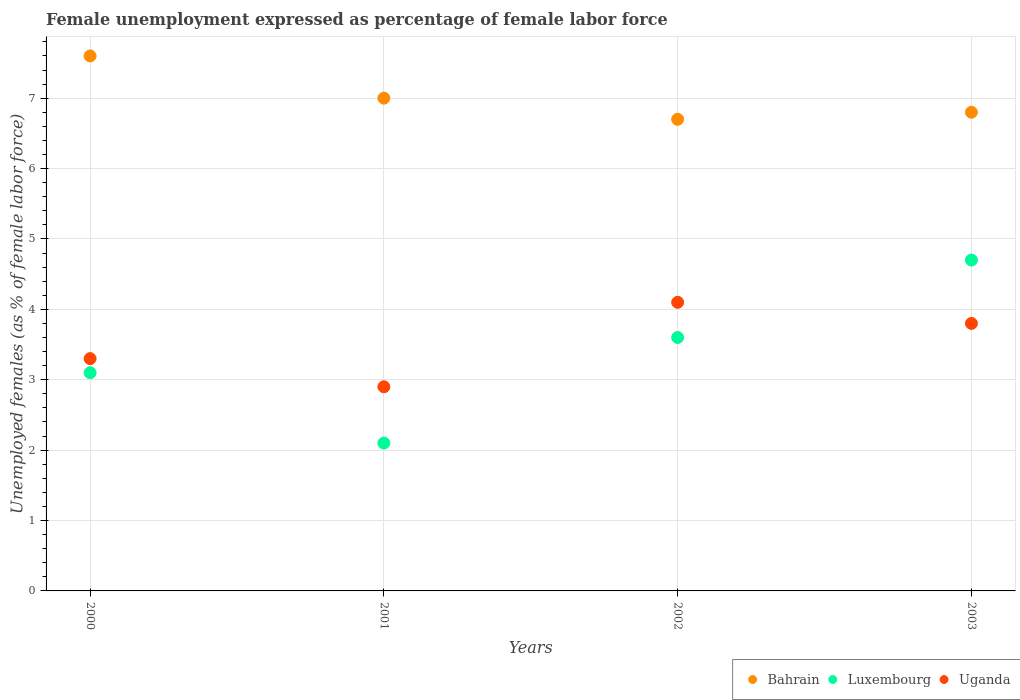
| Years | Bahrain | Luxembourg | Uganda |
 | --- | --- | --- | --- |
 | 2000 | 7.6 | 3.1 | 3.3 |
 | 2001 | 7 | 2.1 | 2.9 |
 | 2002 | 6.7 | 3.6 | 4.1 |
 | 2003 | 6.8 | 4.7 | 3.8 |